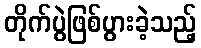
တိုက်ပွဲဖြစ်ပွားခဲ့သည့်